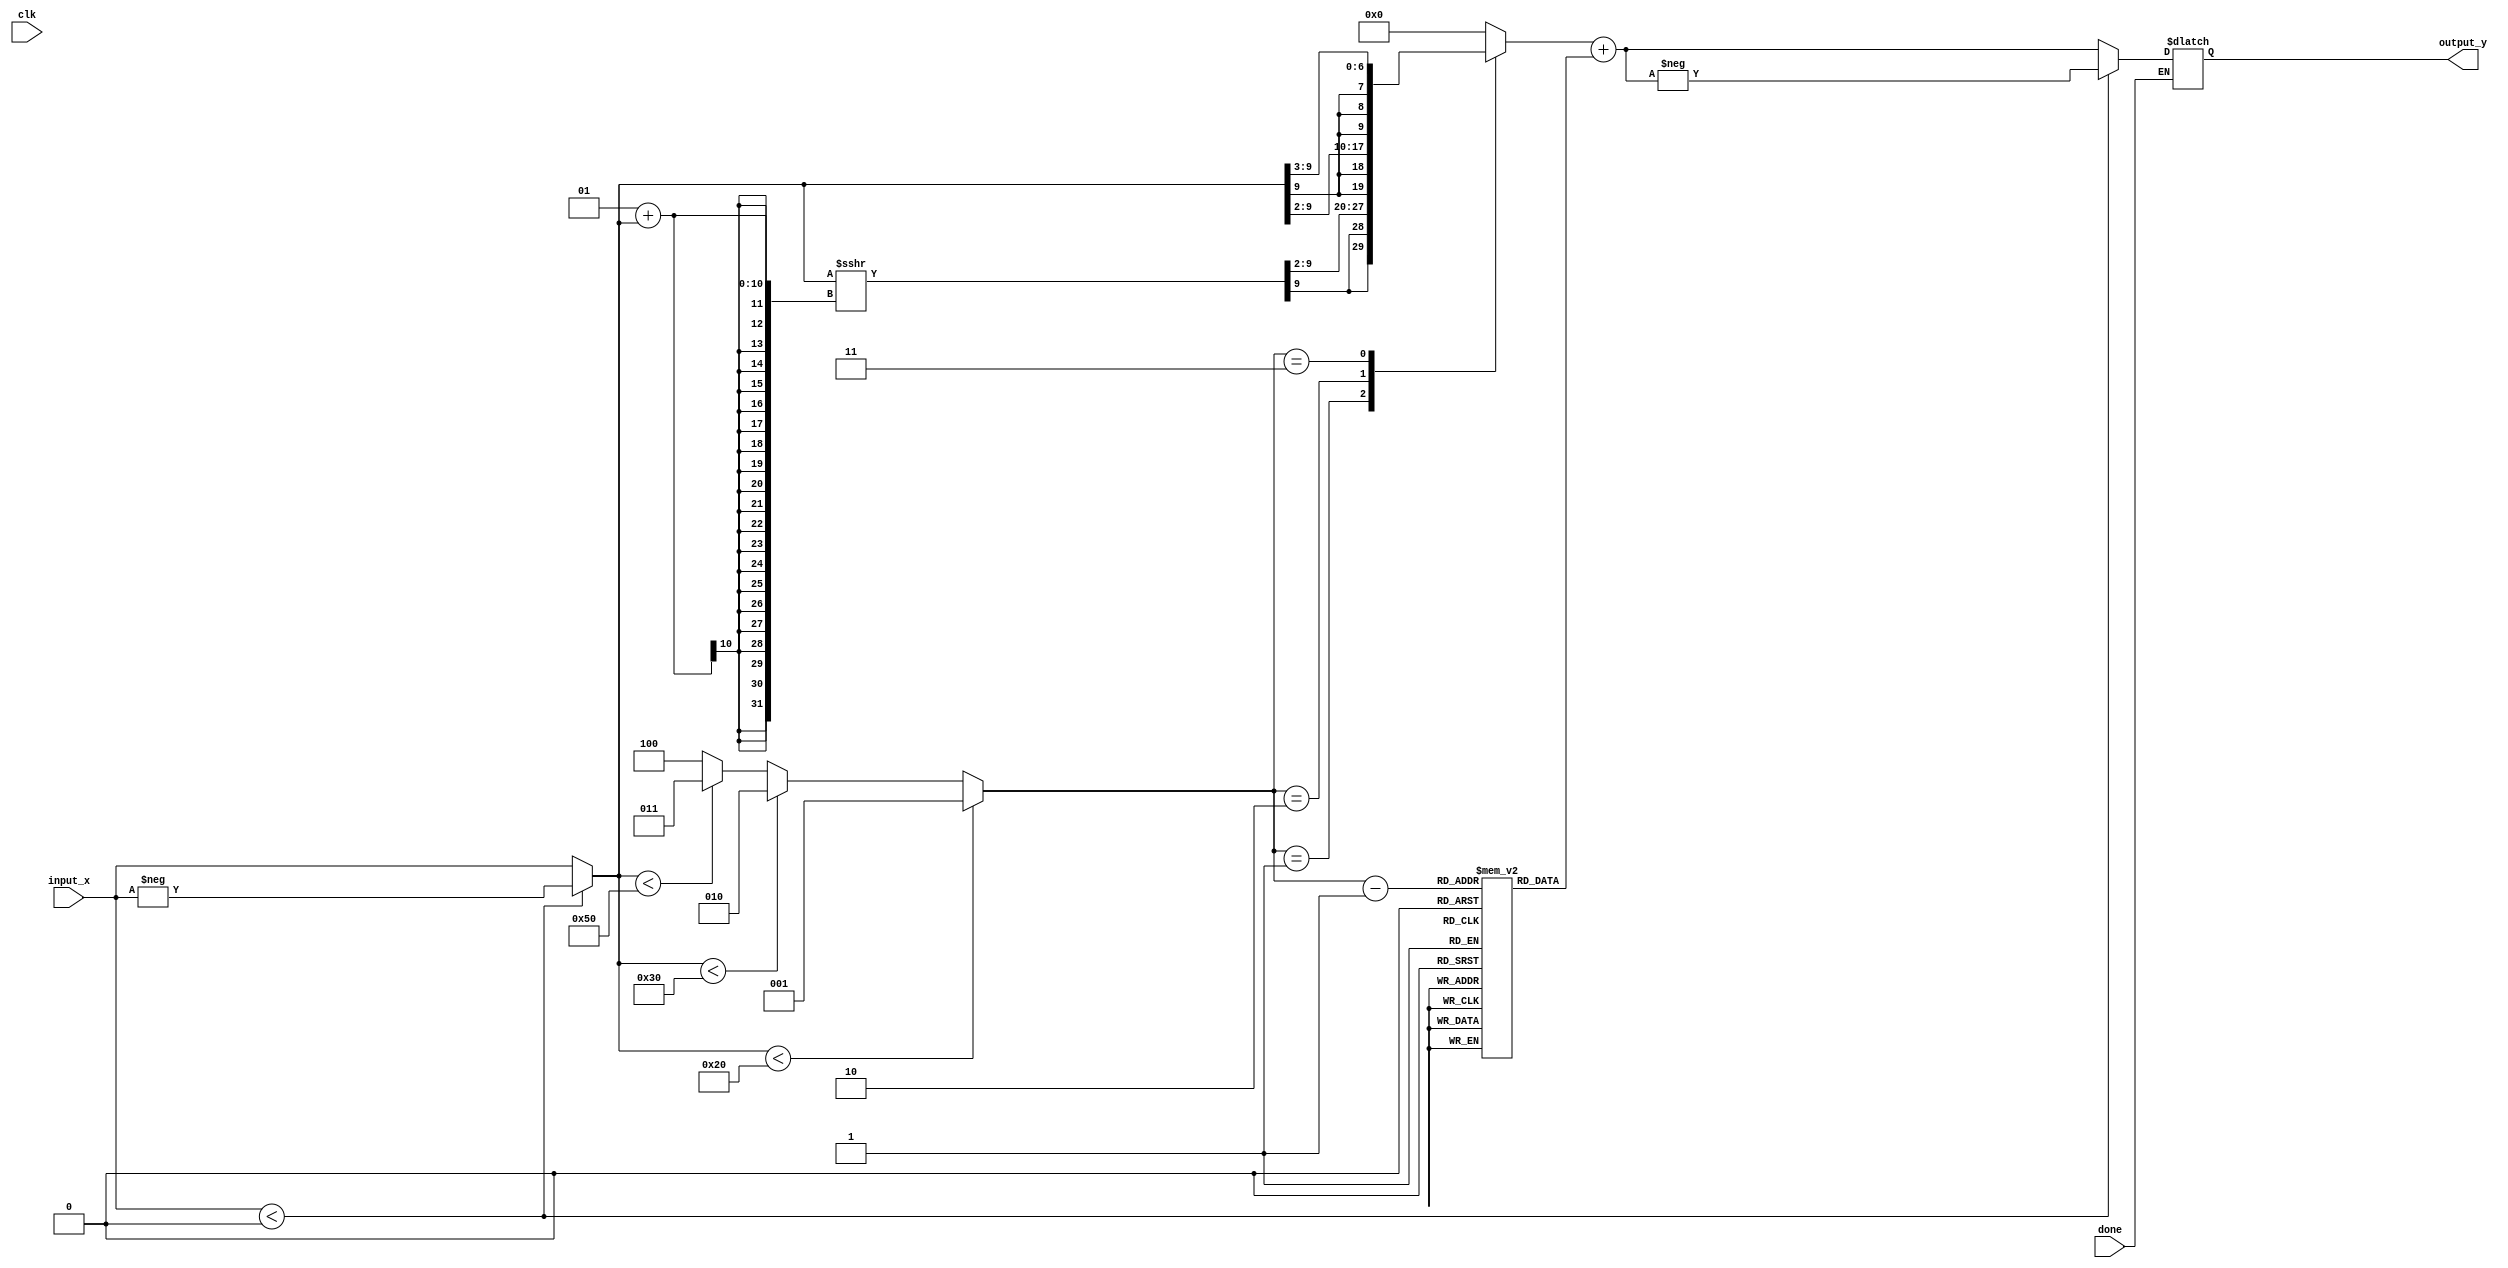
`timescale 1ns / 1ps
//////////////////////////////////////////////////////////////////////////////////
// Company: 
// Engineer: 
// 
// Design Name: 
// Module Name: tanh
// Project Name: 
// Target Devices: 
// Tool Versions: 
// Description: 
// 
// Dependencies: 
// 
// Revision:
// Revision 0.01 - File Created
// Additional Comments:
// 
//////////////////////////////////////////////////////////////////////////////////


module tanh(clk, done, input_x, output_y);
parameter bit_size = 10;
    
    
    input wire clk;
    input wire done;
    input wire signed [bit_size-1:0] input_x;
    output reg signed [bit_size-1:0] output_y;    
    
  
    reg signed [bit_size-1:0] x1, x2, x3, b;
    reg [2:0] seg;
   
    reg [bit_size-1:0] constant_b[0:8];
    
   
    
    initial begin
           constant_b[0]='b0000000000;
	       constant_b[1]='b0000100000;
	       constant_b[2]='b0000110000;
	       constant_b[3]='b0001010000;
    end
    
   
    
     always @(*) begin
        if(done) begin 
            if (input_x < 0) begin
                x1 = -input_x;
            end
            else begin
                x1 = input_x;
            end
            
           if (x1<'b0000100000)
	           seg=1;
	       else if ( x1<'b0000110000)
	            seg=2;
	       else if (x1 <'b0001010000)
	           seg=3;
	       else
	           seg=4;
	           
	       case(seg) 
	           'd1: x2 = x1 >>> 1 + x1 >>> 2;
               'd2: x2 = x1 >>> 2;
               'd3: x2 = x1 >>> 3;
               'd4: x2 = 0;
               default: x2 = 0;
           endcase 
           b = constant_b[seg-1];
           
           x3 = x2 + b;
           if(input_x <0)
            output_y = -x3;
           else
            output_y = x3;
        end // if (done)
        else begin
        
        end
    end // always
    
   
endmodule